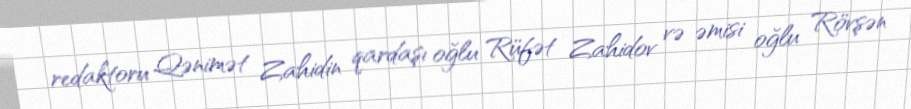
redaktoru Qənimət Zahidin qardaşı oğlu Rüfət Zahidov və əmisi oğlu Rövşən